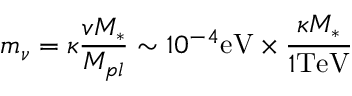
m _ { \nu } = \kappa \frac { v M _ { * } } { M _ { p l } } \sim 1 0 ^ { - 4 } \mathrm { e V } \times \frac { \kappa M _ { * } } { 1 \mathrm { T e V } }